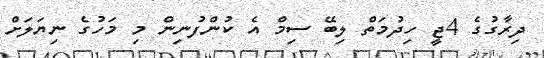
ދިރާގުގެ 4ޖީ ހިދުމަތް ލިބޭ ސިމް އެ ކުންފުނިން މި މަހުގެ ނިޔަލަށް